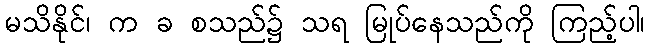
မသိနိုင်၊ က ခ စသည်၌ သရ မြုပ်နေသည်ကို ကြည့်ပါ၊